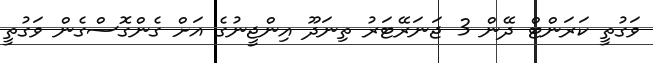
ވަގުތީ ކަރަންޓް ދޭން 3 ޖަނަރޭޓަރު ތިނަދޫ އިންޖީނުގެ އަށް ގެންގޮސްގެން ވަގުތީ